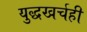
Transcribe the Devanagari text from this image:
युद्धखर्चही